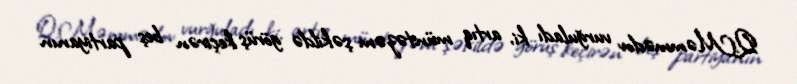
Q.Məmmədov vurğuladı ki, artıq müntəzəm şəkildə görüş keçirən beş partiyanın